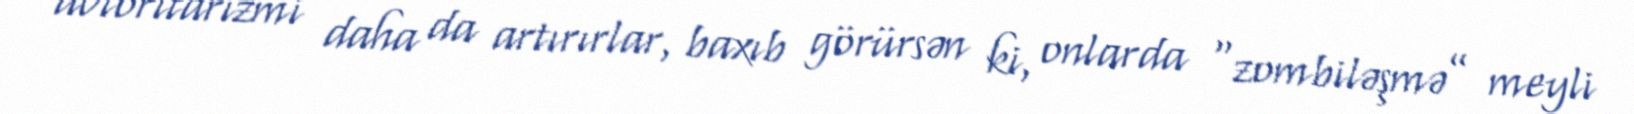
avtoritarizmi daha da artırırlar, baxıb görürsən ki, onlarda “zombiləşmə” meyli